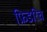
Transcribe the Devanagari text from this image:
फ्रिडरिच